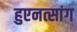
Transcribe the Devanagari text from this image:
हुएनत्सांग